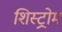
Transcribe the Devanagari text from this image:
शिस्ट्रोम